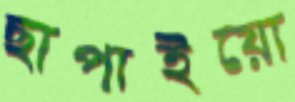
ছাপাইয়ো